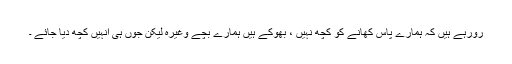
رورہے ہیں کہ ہمارے پاس کھانے کو کچھ نہیں ، بھوکے ہیں ہمارے بچے وغیرہ لیکن جوں ہی انہیں کچھ دیا جائے ۔